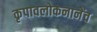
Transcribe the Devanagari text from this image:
कृपावलोकनानेंच